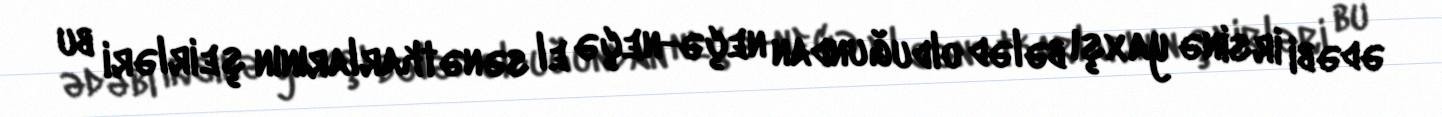
ədəbi irsinə yaxşı bələd olduğundan neçə-neçə el sənətkarlarının şeirləri bu